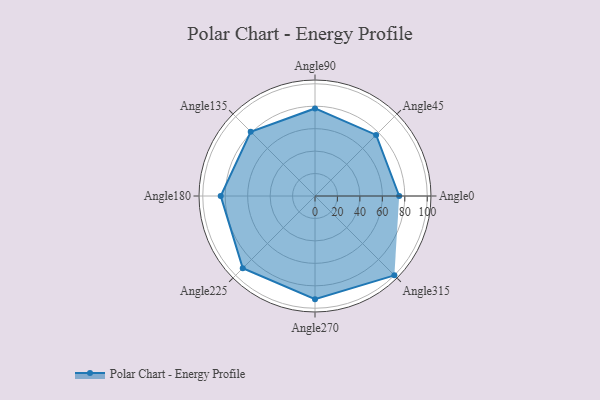
{"axis": {"x": "Angle", "y": "Radius"}, "legend": [""], "data": [{"x": "Angle0", "y": 75.0, "type": ""}, {"x": "Angle45", "y": 77.0, "type": ""}, {"x": "Angle90", "y": 78.0, "type": ""}, {"x": "Angle135", "y": 81.0, "type": ""}, {"x": "Angle180", "y": 84.0, "type": ""}, {"x": "Angle225", "y": 91.0, "type": ""}, {"x": "Angle270", "y": 92.0, "type": ""}, {"x": "Angle315", "y": 100.0, "type": ""}]}